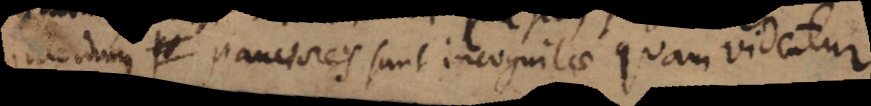
Interdum pl pauciores sunt incognitae quam videntur.